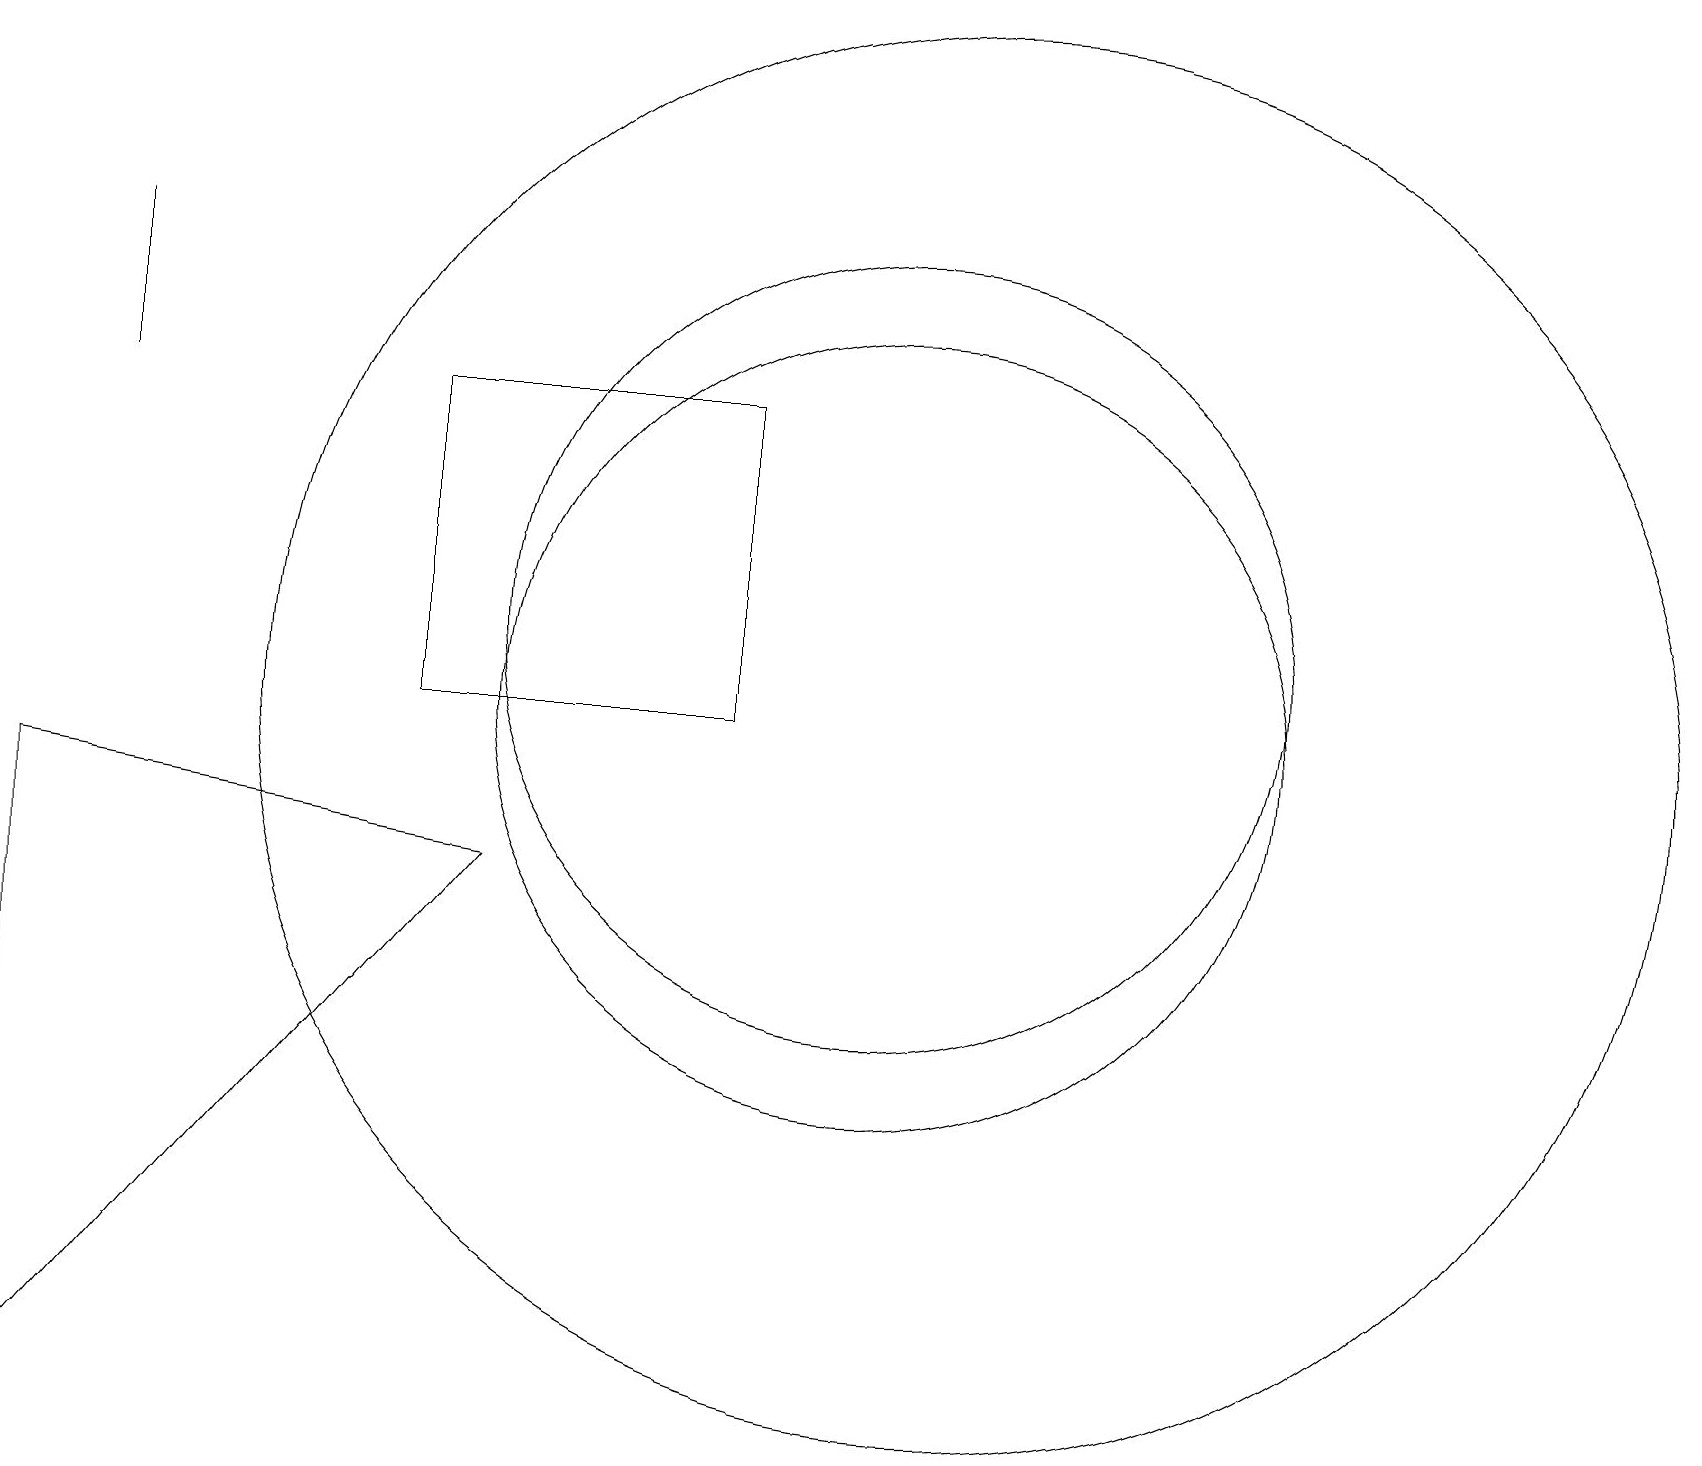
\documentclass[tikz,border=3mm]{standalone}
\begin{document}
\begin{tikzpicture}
\draw (12,10) circle (9);
\draw (1,14) rectangle (1,16);
\draw (9,14) rectangle (5,10);
\draw (11,10) circle (5);
\draw (0,1) -- (0,9) -- (6,8) -- cycle;
\draw (11,11) circle (5);
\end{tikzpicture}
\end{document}